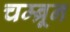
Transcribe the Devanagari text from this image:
चम्ब्रून